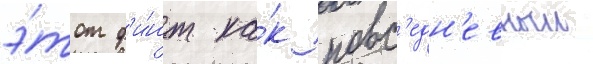
э́тот ф'и́нт ка́к повс'едн'евныи